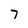
Character: 7